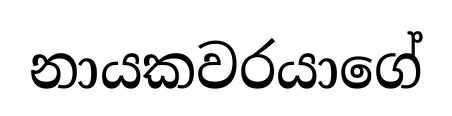
නායකවරයාගේ